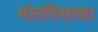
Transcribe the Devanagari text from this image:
मोरपिसाचा